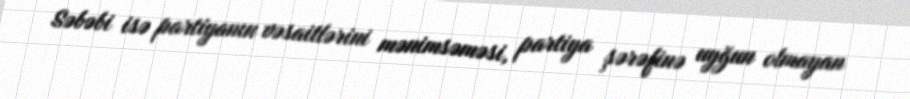
Səbəbi isə partiyanın vəsaitlərini mənimsəməsi, partiya şərəfinə uyğun olmayan